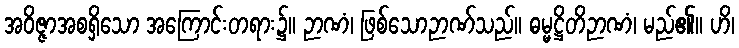
အဝိဇ္ဇာအစရှိသော အကြောင်းတရား၌။ ဉာဏံ၊ ဖြစ်သောဉာဏ်သည်။ ဓမ္မဋ္ဌိတိဉာဏံ၊ မည်၏။ ဟိ၊